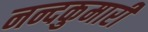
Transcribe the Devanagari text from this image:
नन्दकुमारी